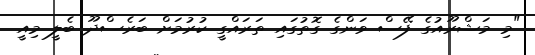
"މި މަޝްރޫއުގެ ފޭސް ވަންގެ ގޮތުގައި ތަރައްގީ ކުރުމަށް ބަރެސްދޫ ބެލީ މިއީ